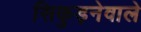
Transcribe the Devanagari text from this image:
सिकुड़नेवाले